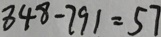
8 4 8 - 7 9 1 = 5 7